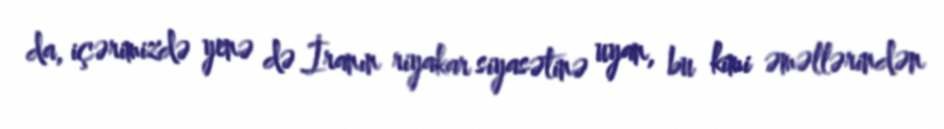
da, içərimizdə yenə də İranın riyakar siyasətinə uyan, bu kimi əməllərindən